Report on vaccination in Madras 1904-1921 - 1904-1921
Year: 1904
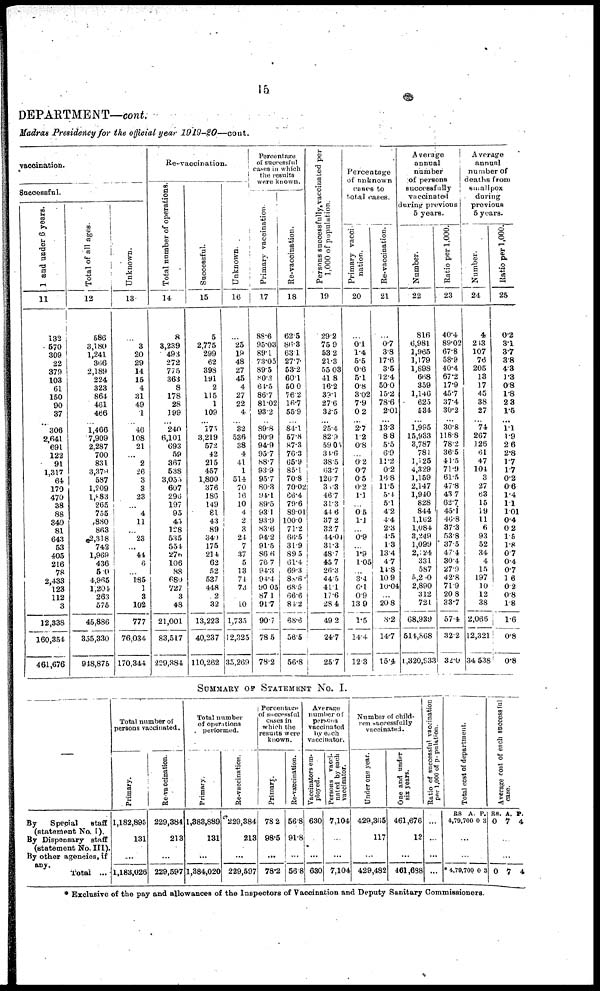
15
DEPARTMENT—cont.
Madras Presidency for the official year
1919-20—cont.
vaccination.
Successful.
1 and under 6 years.
11
132
570
309
22
379
103
61
150
90
37
... 306
2,641
691
122
91
1,317
64
170
470
38
88
340
81
643
53
405
216
78
2,433
123
112
3
12,338
160,354
461,676
Total of all ages.
12
586
3,180
1,241
366
2,189
224
323
864
461
466
...
1,466
7,909
2,287
700
831
3,379
587
1,209
1,883
265
755
880
863
2,318
742
1,969
436
510
4,965
1,204
263
575
45,886
355,330
948,875
Unknown.
13
...
3
20
29
14
15
4
31
49
1
...
46
108
21
...
2
26
3
3
23
...
4
11
...
23
...
44
6
...
185
1
3
102
777
76,034
170,344
Re-vaccination.
Total number of operations
14
8
3,239
493
272
775
363
8
178
28
199
...
240
6,101
693
59
367
538
3,055
607
296
197
95
45
128
535
554
276
106
88
680
727
3
48
21,001
83,517
229,384
Successful.
15
5
2,775
299
62
393
191
2
115
1
109
...
175
3,219
572
42
215
457
1,800
376
186
149
81
43
89
340
175
214
62
52
537
448
2
32
13,223
40,237
110,262
Unknown.
16
...
25
19
48
27
45
4
27
22
4
...
32
536
38
4
41
1
514
70
16
10
4
2
3
24
7
37
5
13
74
73
...
10
1,785
12,325
35,269
Percentage
of successful
cases in which
the, results
were known.
Primary vaccination.
17
88.6
95.03
89.1
73.05
89.5
80.3
64.5
86.7
81.02
93.2
...
89.8
90.9
94.9
95.7
88.7
93.9
95.7
80.3
94.1
89.5
93.1
93.9
83.6
94.2
91.5
86.6
76.7
94.3
94.4
90.05
87.1
91.7
90.7
78.5
78.2
Re-vaccination.
18
62.5
86.3
63.1
27.7
53.2
60.1
50.0
76.2
16.7
55.9
...
84.1
57.8
87.3
76.3
65.9
85.1
70.8
70.02
66.4
79.6
89.01
100.0
71.2
66.5
31.9
89.5
61.4
69.8
88.6
68.5
66.6
84.2
68.6
56.5
56.8
Persons successfully, vaccinated per
1,000 of population.
19
29.2
75.9
53.2
21.3
55.03
41.8
16.2
39.1
27.6
32.5
...
25.4
82.9
59.05
34.6
38.5
63.7
126.7
30.3
46.7
31.3
44.6
37.2
32.7
44.04
31.3
48.7
45.7
26.3
44.5
41.1
17.6
28.4
49.2
24.7
25.7
Percentage
of unknown
cases to
total cases.
Primary vacci-
nation.
20
...
0.1
1.4
5.5
0.6
5.1
0.8
3.02
7.9
0.2
...
2.7
1.2
0.8
...
0.2
0.7
0.5
0.2
1.1
...
0.5
1.1
...
0.9
...
1.9
1.05
...
3.4
0.1
0.9
13.9
1.5
14.4
12.3
Re-vaccination.
21
...
0.7
3.8
17.6
3.5
12.4
50.0
15.2
78.6
2.01
...
13.3
8.8
5.5
6.9
11.2
0.2
16.8
11.5
5.4
5.1
4.2
4.4
2.3
4.5
1.3
13.4
4.7
14.8
10.9
10.04
...
20.8
8.2
14.7
15.4
Average
annual
number
of persons
successfully
vaccinated
during previous
5 years.
Number.
22
816
6,981
1,965
1,179
1,898
668
359
1,146
625
534
...
1,995
15,933
3,787
781
1,125
4,329
1,159
2,147
1,940
828
844
1,162
1,084
3,249
1,099
2,124
331
587
5,200
2,890
312
721
68,939
514,868
1,320,933
Ratio per 1,000.
23
40.4
89.02
67.8
58.9
40.4
67.2
17.9
45.7
37.4
30.2
...
30.8
118.8
78.2
36.5
41.5
71.9
61.5
47.8
43.7
62.7
45.1
46.8
37.3
53.8
37.5
47.4
30.4
27.9
42.8
71.9
20.8
33.7
57.4
32.2
32.0
Average
annual
number of
deaths from
smallpox
during
previous
5 years.
Number.
24
4
243
107
76
205
13
17
45
38
27
...
74
267
126
61
47
104
3
27
63
15
19
11
6
93
52
34
4
15
197
10
12
38
2,066
12,321
34 538
Ratio per 1,000.
25
0.2
3.1
3.7
3.8
4.3
1.3
0.8
1.8
2.3
1.5
...
1.1
1.9
2.6
2.8
1.7
1.7
0.2
0.6
1.4
1.1
1.01
0.4
0.2
1.5
1.8
0.7
0.4
0.7
1.6
0.2
0.8
1.8
1.6
0.8
0.8
SUMMARY OF STATEMENT No. I.
—
By
Special
staff
(statement No. I).
By Dispensary staff
(statement No. III).
By other agencies, if
any.
Total ...
Total number of
persons vaccinated.
Primary.
1,182,895
131
...
1,183,026
Re-vaccination.
229,384
213
...
229,597
Total number
of operations
performed.
Primary.
1,383,889
131
...
1,384,020
Re-vaccination.
229,384
218
...
229,597
Percentage
of successful
cases in
which the
results were
known.
Primary.
78.2
98.5
...
78.2
Re-vaccination.
56.8
91.8
...
56.8
Average
number of
persons
vaccinated
by each
vaccinator.
Vaccinators em-
ployed.
630
...
...
630
Persons vacci¬
nated by each
vaccinator.
7,104
...
...
7,104
Number of child-
ren successfully
vaccinated.
Under one year.
429,365
117
...
429,482
One and under
six years.
461,676
12
...
461,688
Ratio of successful vaccination
per 1,000 of population.
...
...
...
...
Total cost of department.
RS.
4,79,700
A.
0
P.
3
...
* 4,79,700 0 3
Average cost of each successful
case.
RS.
0
A.
7
P.
4
...
...
0 7 4
* Exclusive of the pay and allowances of the Inspectors of Vaccination and Deputy Sanitary Commissioners.